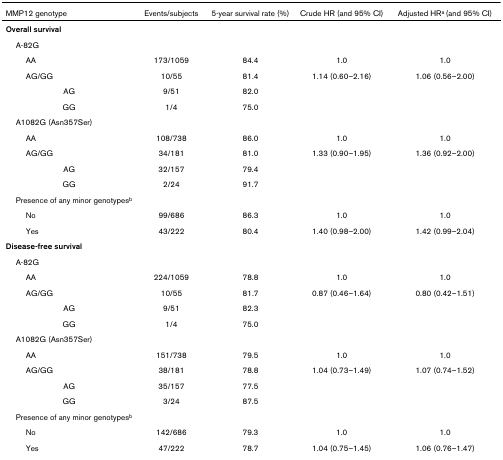
<table><thead><tr><td><b>MMP12 genotype</b></td><td><b>Events/subjects</b></td><td><b>5-year survival rate (%)</b></td><td><b>Crude HR (and 95% CI)</b></td><td><b>Adjusted HR<sup>a </sup>(and 95% CI)</b></td></tr></thead><tbody><tr><td><b>Overall survival </b></td><td></td><td></td><td></td><td></td></tr><tr><td> A-82G</td><td></td><td></td><td></td><td></td></tr><tr><td>AA</td><td>173/1059</td><td>84.4</td><td>1.0</td><td>1.0</td></tr><tr><td>AG/GG</td><td>10/55</td><td>81.4</td><td>1.14 (0.60–2.16)</td><td>1.06 (0.56–2.00)</td></tr><tr><td>AG</td><td>9/51</td><td>82.0</td><td></td><td></td></tr><tr><td>GG</td><td>1/4</td><td>75.0</td><td></td><td></td></tr><tr><td> A1082G (Asn357Ser)</td><td></td><td></td><td></td><td></td></tr><tr><td>AA</td><td>108/738</td><td>86.0</td><td>1.0</td><td>1.0</td></tr><tr><td>AG/GG</td><td>34/181</td><td>81.0</td><td>1.33 (0.90–1.95)</td><td>1.36 (0.92–2.00)</td></tr><tr><td>AG</td><td>32/157</td><td>79.4</td><td></td><td></td></tr><tr><td>GG</td><td>2/24</td><td>91.7</td><td></td><td></td></tr><tr><td> Presence of any minor genotypes<sup>b</sup></td><td></td><td></td><td></td><td></td></tr><tr><td>No</td><td>99/686</td><td>86.3</td><td>1.0</td><td>1.0</td></tr><tr><td>Yes</td><td>43/222</td><td>80.4</td><td>1.40 (0.98–2.00)</td><td>1.42 (0.99–2.04)</td></tr><tr><td><b>Disease-free survival </b></td><td></td><td></td><td></td><td></td></tr><tr><td> A-82G</td><td></td><td></td><td></td><td></td></tr><tr><td>AA</td><td>224/1059</td><td>78.8</td><td>1.0</td><td>1.0</td></tr><tr><td>AG/GG</td><td>10/55</td><td>81.7</td><td>0.87 (0.46–1.64)</td><td>0.80 (0.42–1.51)</td></tr><tr><td>AG</td><td>9/51</td><td>82.3</td><td></td><td></td></tr><tr><td>GG</td><td>1/4</td><td>75.0</td><td></td><td></td></tr><tr><td> A1082G (Asn357Ser)</td><td></td><td></td><td></td><td></td></tr><tr><td>AA</td><td>151/738</td><td>79.5</td><td>1.0</td><td>1.0</td></tr><tr><td>AG/GG</td><td>38/181</td><td>78.8</td><td>1.04 (0.73–1.49)</td><td>1.07 (0.74–1.52)</td></tr><tr><td>AG</td><td>35/157</td><td>77.5</td><td></td><td></td></tr><tr><td>GG</td><td>3/24</td><td>87.5</td><td></td><td></td></tr><tr><td> Presence of any minor genotypes<sup>b</sup></td><td></td><td></td><td></td><td></td></tr><tr><td>No</td><td>142/686</td><td>79.3</td><td>1.0</td><td>1.0</td></tr><tr><td>Yes</td><td>47/222</td><td>78.7</td><td>1.04 (0.75–1.45)</td><td>1.06 (0.76–1.47)</td></tr></tbody></table>